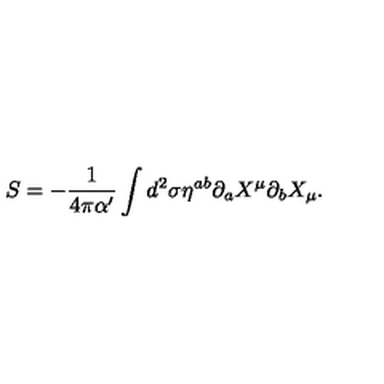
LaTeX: S = - \frac { 1 } { 4 \pi \alpha ^ { \prime } } \int d ^ { 2 } \sigma \eta ^ { a b } \partial _ { a } X ^ { \mu } \partial _ { b } X _ { \mu } .